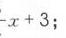
\(-x + 3\)